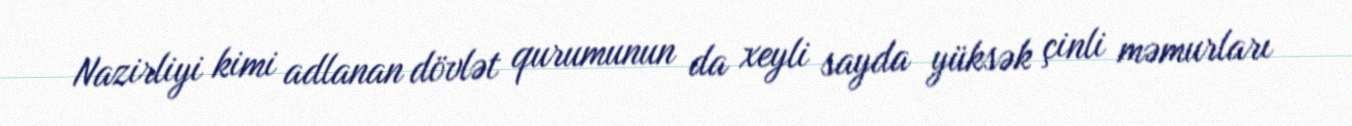
Nazirliyi kimi adlanan dövlət qurumunun da xeyli sayda yüksək çinli məmurları